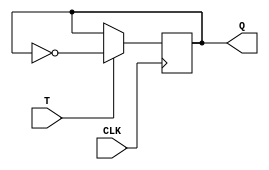
module T_FF (
    input T, // input signal T
    input CLK, // clock signal
    output reg Q // output signal Q
);

always @(posedge CLK) begin
    if(T)
        Q <= ~Q; // invert the current state
end

endmodule